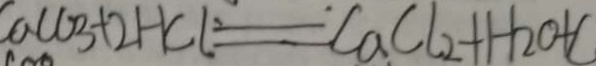
C a C O _ { 3 } + 2 H C L = C a C L _ { 2 } + H _ { 2 } O + C